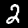
Label: 2